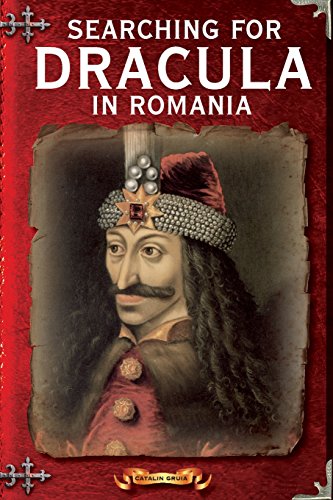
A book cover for Searching For Dracula In Romania: What About Dracula? Romania's Schizophrenic Dilemma (Romania Explained To My Friends Abroad) (Volume 4); Catalin Gruia; Travel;